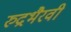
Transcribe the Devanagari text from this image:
रुद्रभैरवी